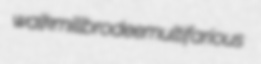
walkmill brodee multifarious